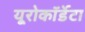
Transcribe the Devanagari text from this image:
यूरोकॉर्डेटा